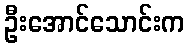
ဦးအောင်သောင်းက